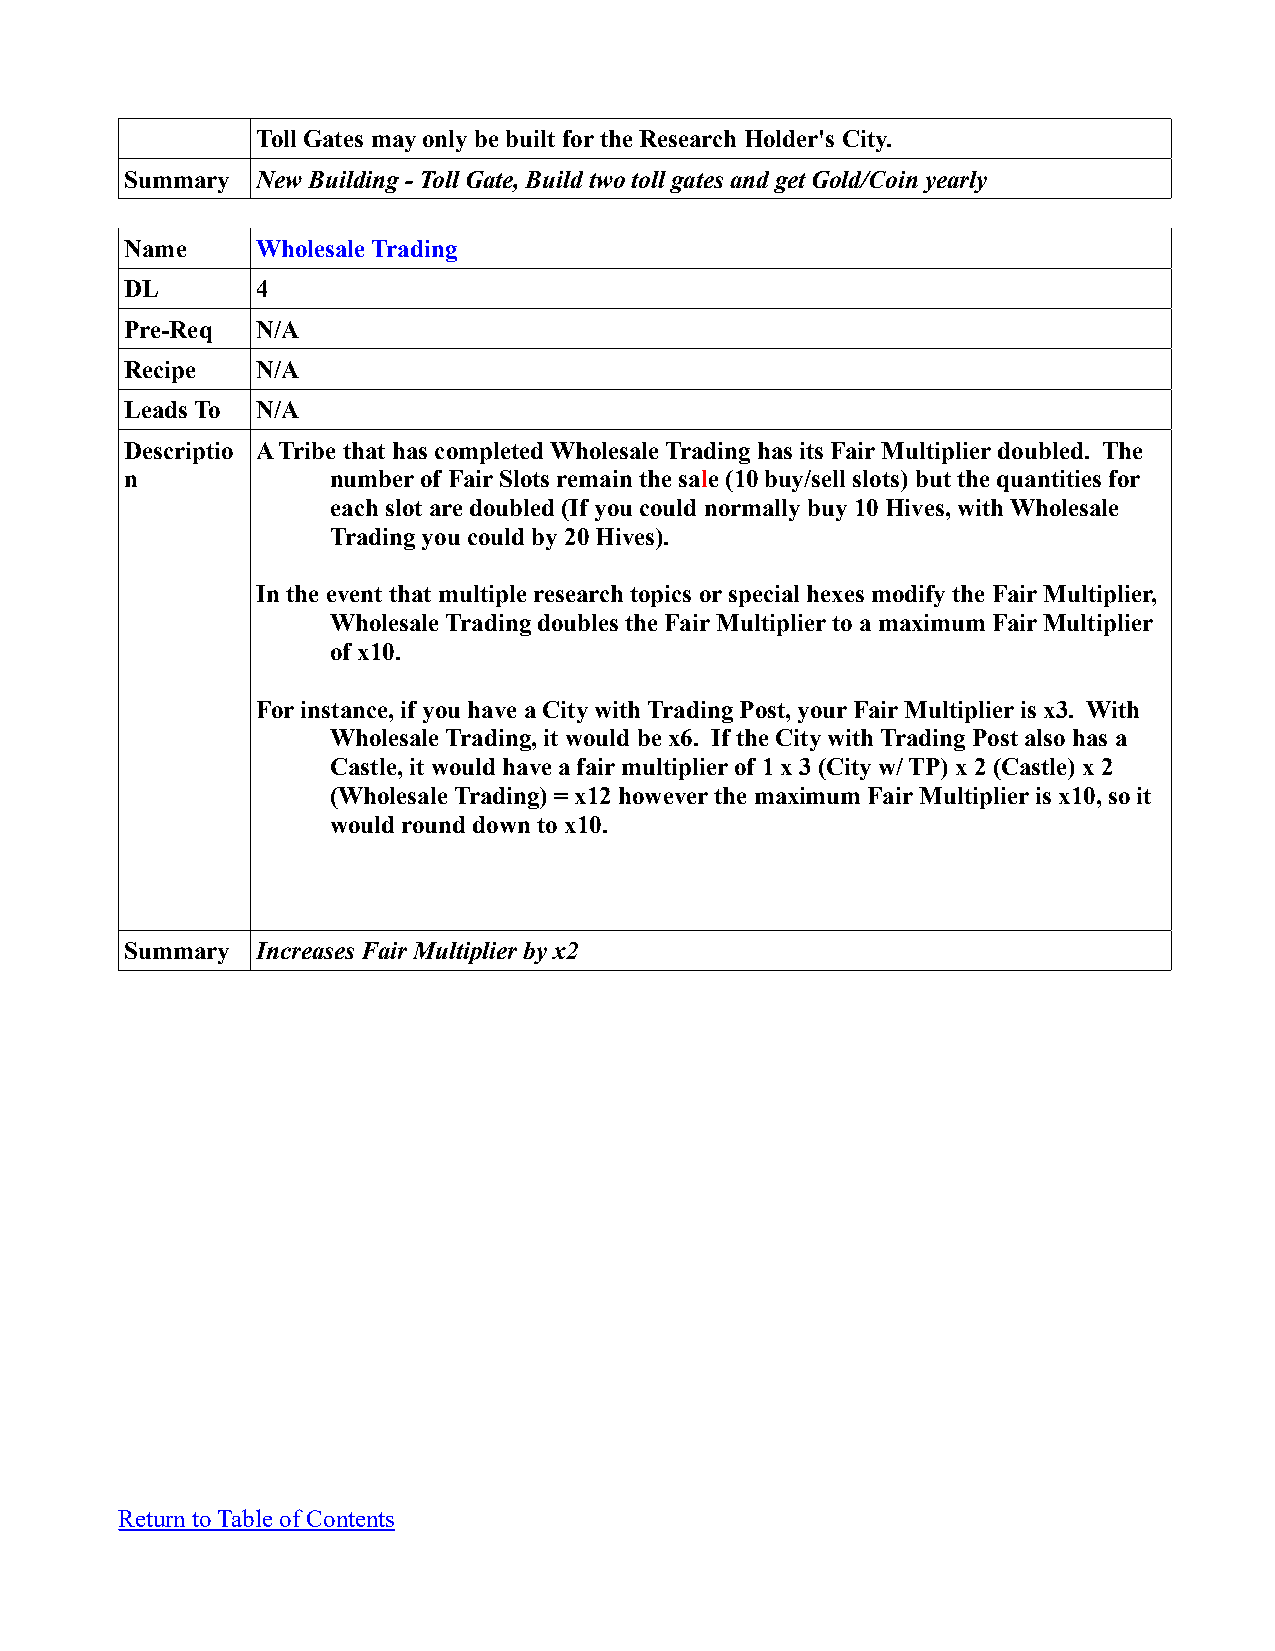
Toll Gates may only be built for the Research Holder's City.
 Summary  New Building - Toll Gate, Build two toll gates and get Gold/Coin yearly
 Name     Wholesale Trading
 DL       4
 Pre-Req  N/A
 Recipe   N/A
 Leads To N/A
 Descriptio A Tribe that has completed Wholesale Trading has its Fair Multiplier doubled. The
 n             number of Fair Slots remain the sale (10 buy/sell slots) but the quantities for
 each slot are doubled (If you could normally buy 10 Hives, with Wholesale
 Trading you could by 20 Hives).
 In the event that multiple research topics or special hexes modify the Fair Multiplier,
 Wholesale Trading doubles the Fair Multiplier to a maximum Fair Multiplier
 of x10.
 For instance, if you have a City with Trading Post, your Fair Multiplier is x3. With
 Wholesale Trading, it would be x6. If the City with Trading Post also has a
 Castle, it would have a fair multiplier of 1 x 3 (City w/ TP) x 2 (Castle) x 2
 (Wholesale Trading) = x12 however the maximum Fair Multiplier is x10, so it
 would round down to x10.
 Summary  Increases Fair Multiplier by x2
 Return to Table of Contents